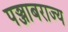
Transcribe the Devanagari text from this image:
पञ्जाबराज्य